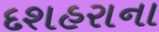
દશહરાના